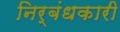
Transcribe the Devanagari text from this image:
निर्बंधकारी